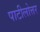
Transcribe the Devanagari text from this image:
पाटीलोत्तर